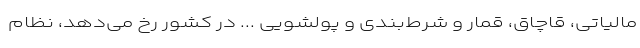
مالیاتی، قاچاق، قمار و شرط‌بندی و پولشویی ... در کشور رخ می‌دهد، نظام